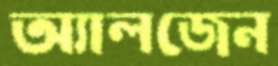
অ্যালজেন